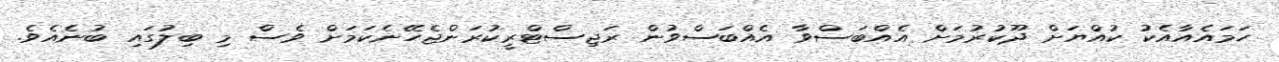
ހަމައެއާއެކު ކުއްޔަށް ދޫކުރުމަށް އެއްބަސްވާ އެއްބަސްވުން ރަޖިސްޓްރީކުރަންޖެހޭނެކަމަށް ވެސް މި ބިލުގައި ބުނެއެވެ.